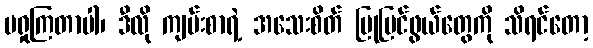
မရှုကြတာပါ၊ ဒီလို ကျမ်းစာရဲ့ အသေးစိတ် ပြုပြင်ဖွယ်တွေကို သိရင်တော့